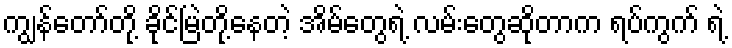
ကျွန်တော်တို့ ခိုင်မြဲတို့နေတဲ့ အိမ်တွေရဲ့ လမ်းတွေဆိုတာက ရပ်ကွက် ရဲ့